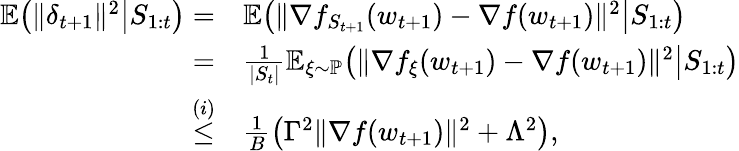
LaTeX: \begin{array}{rl}{\mathbb{E}\big(\| \delta_{t+1}\| ^{2}\big|S_{1:t}\big)=}&{\mathbb{E}\big(\| \nabla f_{S_{t+1}}(w_{t+1})-\nabla f(w_{t+1})\| ^{2}\big|S_{1:t}\big)}\\ {=}&{\frac{1}{|S_{t}|}\mathbb{E}_{\xi\sim\mathbb{P}}\big(\| \nabla f_{\xi}(w_{t+1})-\nabla f(w_{t+1})\| ^{2}\big|S_{1:t}\big)}\\ {\overset{(i)}{\le}}&{\frac{1}{B}\big(\Gamma^{2}\| \nabla f(w_{t+1})\| ^{2}+\Lambda^{2}\big),}\end{array}